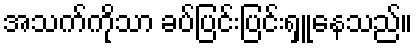
အသက်ကိုသာ ခပ်ပြင်းပြင်းရှူနေသည်။